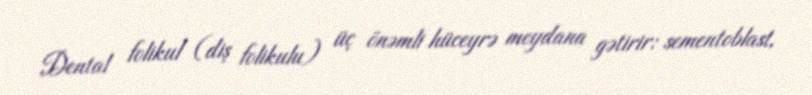
Dental folikul (diş folikulu) üç önəmli hüceyrə meydana gətirir: sementoblast,